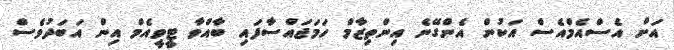
އަށް އެސްއެމްއެސް އަކުން އެންގޭނެ އިންތިޒާމް ހަމަޖައްސާފައި ބާއްވާ ޓީވީއެމް އިން އަބަދުވެސް